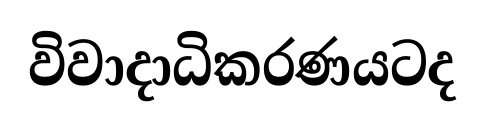
විවාදාධිකරණයටද